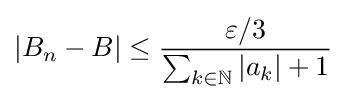
|B_{n}-B|\leq {\frac {\varepsilon /3}{\sum _{k\in \mathbb {N} }|a_{k}|+1}}